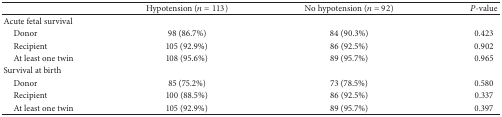
|  | Hypotension (n = 113) | No hypotension (n = 92) | P-value |
 | --- | --- | --- | --- |
 | Acute fetal survival |  |  |  |
 | Donor | 98 (86.7%) | 84 (90.3%) | 0.423 |
 | Recipient | 105 (92.9%) | 86 (92.5%) | 0.902 |
 | At least one twin | 108 (95.6%) | 89 (95.7%) | 0.965 |
 | Survival at birth |  |  |  |
 | Donor | 85 (75.2%) | 73 (78.5%) | 0.580 |
 | Recipient | 100 (88.5%) | 86 (92.5%) | 0.337 |
 | At least one twin | 105 (92.9%) | 89 (95.7%) | 0.397 |